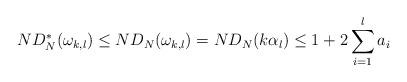
LaTeX: \begin{align*} ND_N^* (\omega_{k,l}) \leq ND_N(\omega_{k,l}) = ND_N(k\alpha_l) \leq 1 + 2 \sum_{i=1}^l a_i\end{align*}